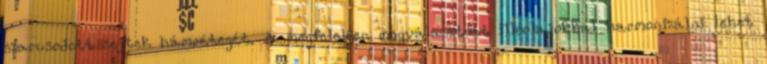
szarusodott sejtek hámrétegét. A megfelelően megválasztott illóolajokkal harmonizálni lehet